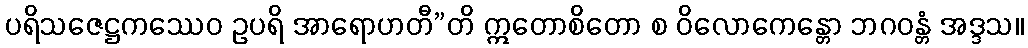
ပရိသဇေဋ္ဌကဿေဝ ဥပရိ အာရောဟတီ”တိ ဣတောစိတော စ ဝိလောကေန္တော ဘဂဝန္တံ အဒ္ဒသ။